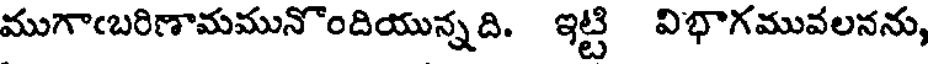
ముగాఁబరిణామమునొందియున్నది. ఇట్టి విభాగమువలనను,